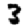
Digit: 3